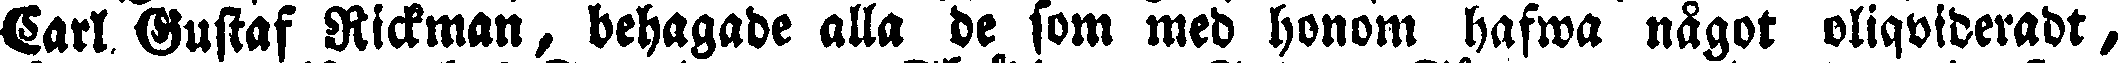
Carl Gustaf Rickman, behagade alla de som med honom hafwa nägot oliqvideradt,